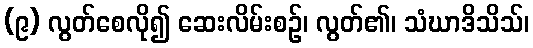
(၉) လွတ်စေလို၍ ဆေးလိမ်းစဉ်၊ လွတ်၏၊ သံဃာဒိသိသ်၊